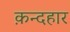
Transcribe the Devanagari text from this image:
क़न्दहार